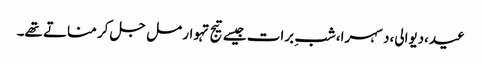
عید،دیوالی،دسہرا،شبِ برات جیسے تیج تہوار مل جل کر مناتے تھے۔